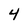
Character: 4